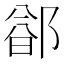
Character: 𬪐